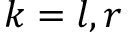
k = l , r